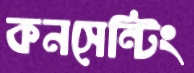
কনসেন্টিং